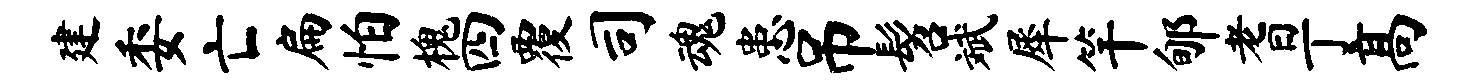
建委亡扁怕槐四覆司魂患吊髫斌犀竿郇耆丁高